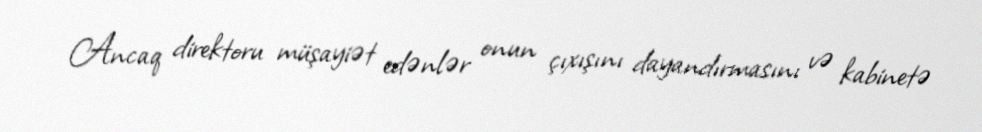
Ancaq direktoru müşayiət edənlər onun çıxışını dayandırmasını və kabinetə